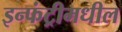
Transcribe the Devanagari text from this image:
इन्फंट्रीमधील